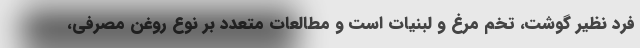
فرد نظیر گوشت، تخم مرغ و لبنیات است و مطالعات متعدد بر نوع روغن مصرفی،